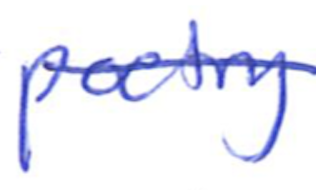
Text: poetry
Cross-out: single-line
Writing tool: ballpoint